system: You are a helpful assistant.
user:
Analyze the provided spectrum to determine if it is a **"Cataclysmic Variables (CV)"**.

- **Key Indicators for CV (Check for either state):**
    - **State 1: Quiescent / Low-State (Emission-Dominated)**
        - **(Primary):** Strong and *very broad* Hydrogen Balmer emission lines (e.g., $H\alpha$ at 6563 Å, $H\beta$ at 4861 Å). The 'broadness' (high velocity dispersion, often FWHM > 1000 km/s) is the key diagnostic, indicating a high-velocity accretion disk.
        - **(Secondary):** Broad neutral Helium (He I) emission lines (e.g., 5876 Å, 6678 Å).
        - **(Key Confirmation):** Presence of high-excitation *ionized* Helium (He II) emission at 4686 Å. This is a strong indicator of accretion onto a white dwarf.
        - **(Line Profile):** Emission lines may exhibit a 'double-peaked' profile, which is a classic signature of a rotating accretion disk viewed at high inclination.

    - **State 2: Outburst / High-State (Absorption-Dominated)**
        - **(Primary):** Spectrum is dominated by a bright, blue continuum (looks like a hot star).
        - **(Secondary):** The emission lines from State 1 are weak, absent, or 'filled in', and are replaced by broad, shallow *absorption* lines (primarily Balmer and He I).
        - **(Morphology):** The overall spectrum mimics a hot B/A-type star. The crucial difference is that the absorption lines are significantly broader, shallower, and more 'washed-out' (or 'smeared') than the sharp lines of a normal stellar photosphere, due to high rotational speeds and pressure broadening in the disk.

Think first, call **spectral_visualization_tool** if needed to examine features in detail, then provide your final answer. Your response must adhere to the following strict rules:
1.  **Overall Structure:** Your response must follow the format `<think>...</think> <tool_call>...</tool_call> (if a tool is used) <answer>...</answer>`.
2.  **Tool Usage Constraint:** You may only make **one** tool call per turn.
3.  **Final Answer Format:** In the `<answer>` tag, your conclusion must be inside a `\boxed{}` command (e.g., `\boxed{YES}`), followed by your justification.

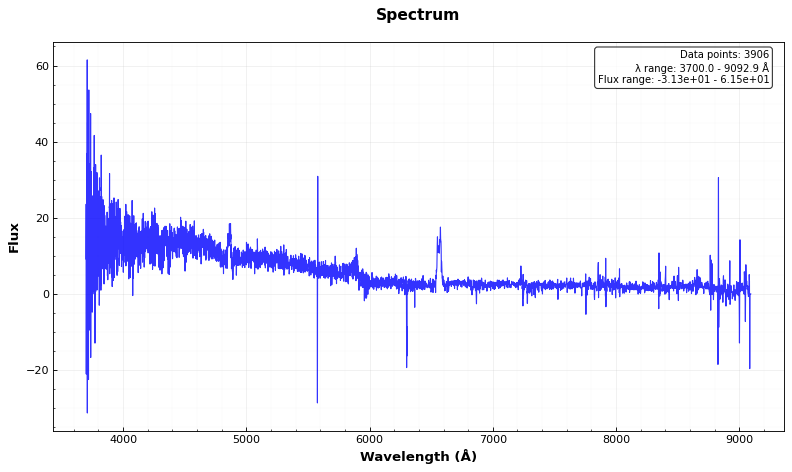
Answer: YES